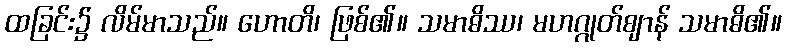
ထခြင်း၌ လိမ်မာသည်။ ဟောတိ၊ ဖြစ်၏။ သမာဓိဿ၊ မဟဂ္ဂုတ်ဈာန် သမာဓိ၏။